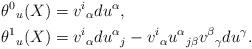
LaTeX: \begin{align*}\theta^0{}_u(X)&=v^i{}_\alpha du^\alpha,\\*\theta^1{}_u(X)&=v^i{}_\alpha du^\alpha{}_j-v^i{}_\alpha u^\alpha{}_{j\beta}v^\beta{}_\gamma du^\gamma.\end{align*}